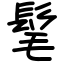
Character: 髦